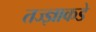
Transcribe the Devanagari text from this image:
तज्‍ज्ञाकडे